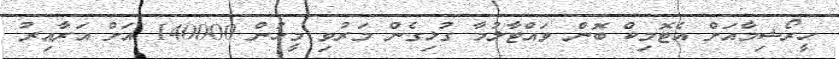
ހީރޯޝިމާއަށް އެޓޮމިކް ބޮން ވައްޓާލުމާ ގުޅިގެން މަރުވި މީހުން 140000 އަށް އަރާއިރު